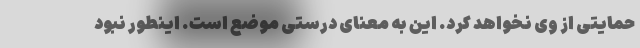
حمایتی از وی نخواهد کرد. این به معنای درستی موضع است. اینطور نبود